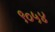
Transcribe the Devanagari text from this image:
९०५४